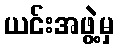
ယင်းအဖွဲ့မှ